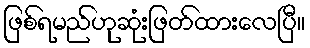
ဖြစ်ရမည်ဟုဆုံးဖြတ်ထားလေပြီ။